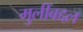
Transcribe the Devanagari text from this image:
मुलींबद्दल